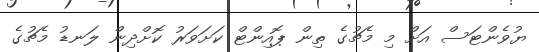
ޔުވެންޓަސް އަށް މި މެޗުގެ ތިން ޕޮއިންޓް ކަށަވަރު ކޮށްދިން ލަނޑު މެޗުގެ